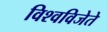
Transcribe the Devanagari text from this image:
विश्वविजेते